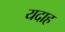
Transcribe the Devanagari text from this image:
यदाह